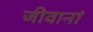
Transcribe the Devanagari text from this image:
जीवानां